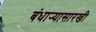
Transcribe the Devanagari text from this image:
बंधार्‍यासारखी